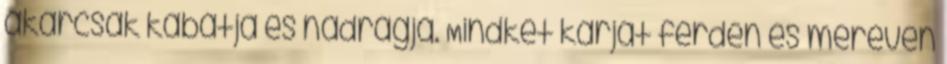
akárcsak kabátja és nadrágja. Mindkét karját ferdén és mereven